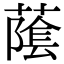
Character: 䕃